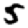
Digit: 5